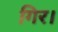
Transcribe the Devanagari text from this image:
गिर।